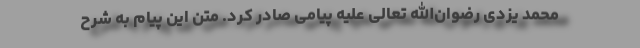
محمد یزدی رضوان‌الله تعالی علیه پیامی صادر کرد. متن این پیام به شرح